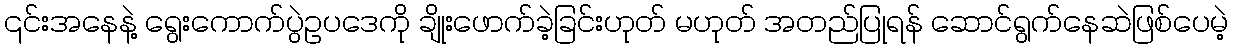
၎င်းအနေနဲ့ ရွေးကောက်ပွဲဥပဒေကို ချိုးဖောက်ခဲ့ခြင်းဟုတ် မဟုတ် အတည်ပြုရန် ဆောင်ရွက်နေဆဲဖြစ်ပေမဲ့